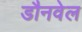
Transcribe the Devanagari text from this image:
डौनवेल